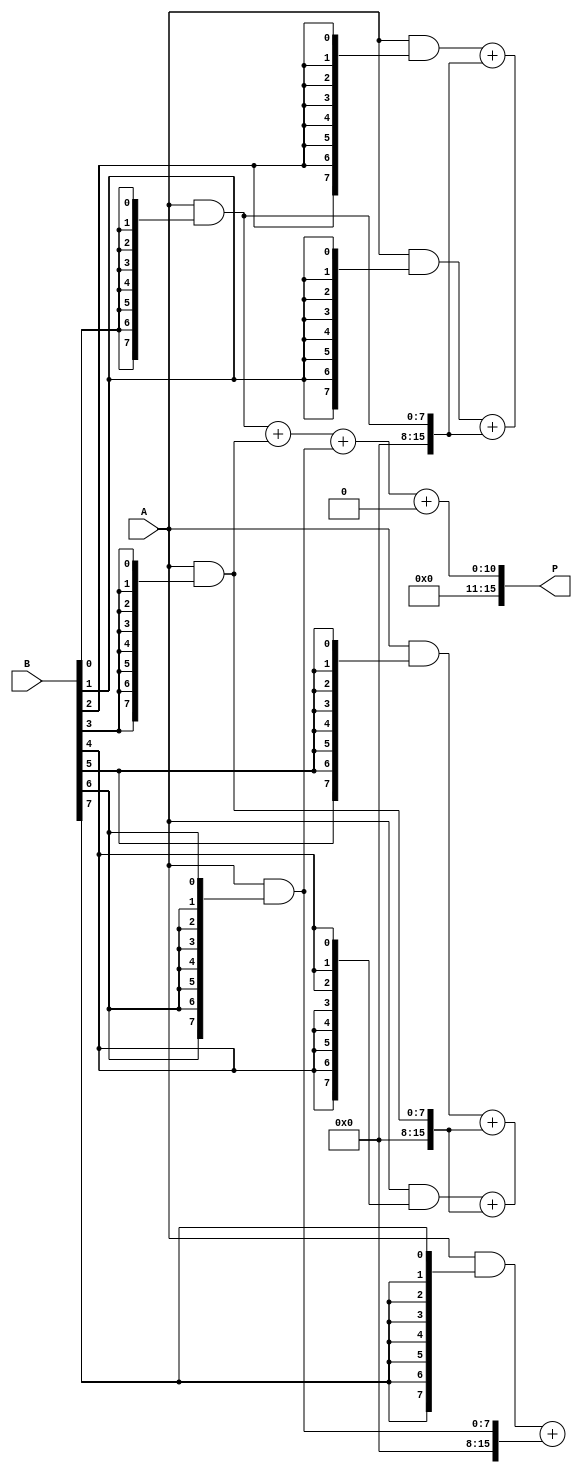
module low_power_wallace_tree_multiplier #(parameter A_WIDTH = 8, B_WIDTH = 8) (
    input [A_WIDTH-1:0] A,
    input [B_WIDTH-1:0] B,
    output reg [A_WIDTH + B_WIDTH - 1:0] P
);

    // Partial product generation
    wire [A_WIDTH-1:0] pp[B_WIDTH-1:0]; // Partial products
    genvar i;
    generate
        for (i = 0; i < B_WIDTH; i = i + 1) begin : partial_product_gen
            assign pp[i] = A & {A_WIDTH{B[i]}};
        end
    endgenerate

    // Wallace tree reduction
    wire [A_WIDTH + B_WIDTH - 1:0] sum [0:2*A_WIDTH-1]; // Intermediate sums
    wire [A_WIDTH + B_WIDTH - 1:0] carry [0:2*A_WIDTH-1]; // Intermediate carries

    // Stage 1: Grouping and reducing partial products
    generate
        for (i = 0; i < B_WIDTH; i = i + 1) begin : stage1
            if (i % 3 == 0) begin
                assign sum[i/3] = pp[i];
                assign carry[i/3] = 0;
            end else if (i % 3 == 1) begin
                assign {carry[i/3], sum[i/3]} = pp[i] + sum[i/3];
            end else begin
                assign {carry[i/3], sum[i/3]} = pp[i] + sum[i/3];
            end
        end
    endgenerate

    // Stage 2: Further reduction
    wire [A_WIDTH + B_WIDTH - 1:0] final_sum;
    wire [A_WIDTH + B_WIDTH - 1:0] final_carry;

    assign final_sum = sum[0] + sum[1] + sum[2];
    assign final_carry = carry[0] + carry[1] + carry[2];

    // Final addition
    always @(*) begin
        P = final_sum + final_carry;
    end

endmodule